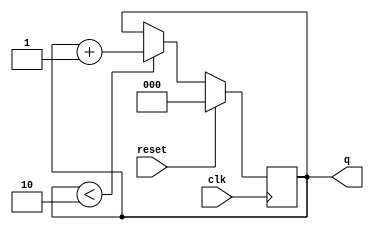
module prog_counterreset (
   input             clk,
	input             reset,
   output reg [2:0]  q
   ); 
	

	always @(posedge clk)
		if (reset)
			q <= 0;
		else if (q < 2)
			q <= q + 1;

endmodule